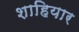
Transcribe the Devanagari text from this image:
शाहियार